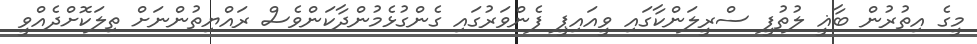
މީގެ އިތުރުން ބާޣީ ލުތުފީ ސްރީލަންކާގައި ވީއައިޕީ ފެންވަރުގައި ގެންގުޅެމުންދާކަންވެސް ރައްޔިތުންނަށް ތިލަކޮށްދެއްވީ